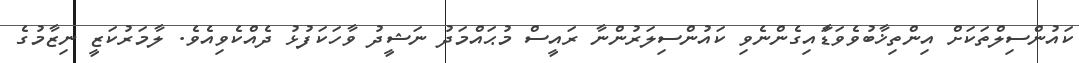
ކައުންސިލްތަކަށް އިންތިޚާބުވެވަޑާައިގެންނެވި ކައުންސިލަރުންނާ ރައީސް މުޙައްމަދު ނަޝީދު ވާހަކަފުޅު ދެއްކެވިއެވެ. ލާމަރުކަޒީ ނިޒާމުގެ